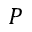
P